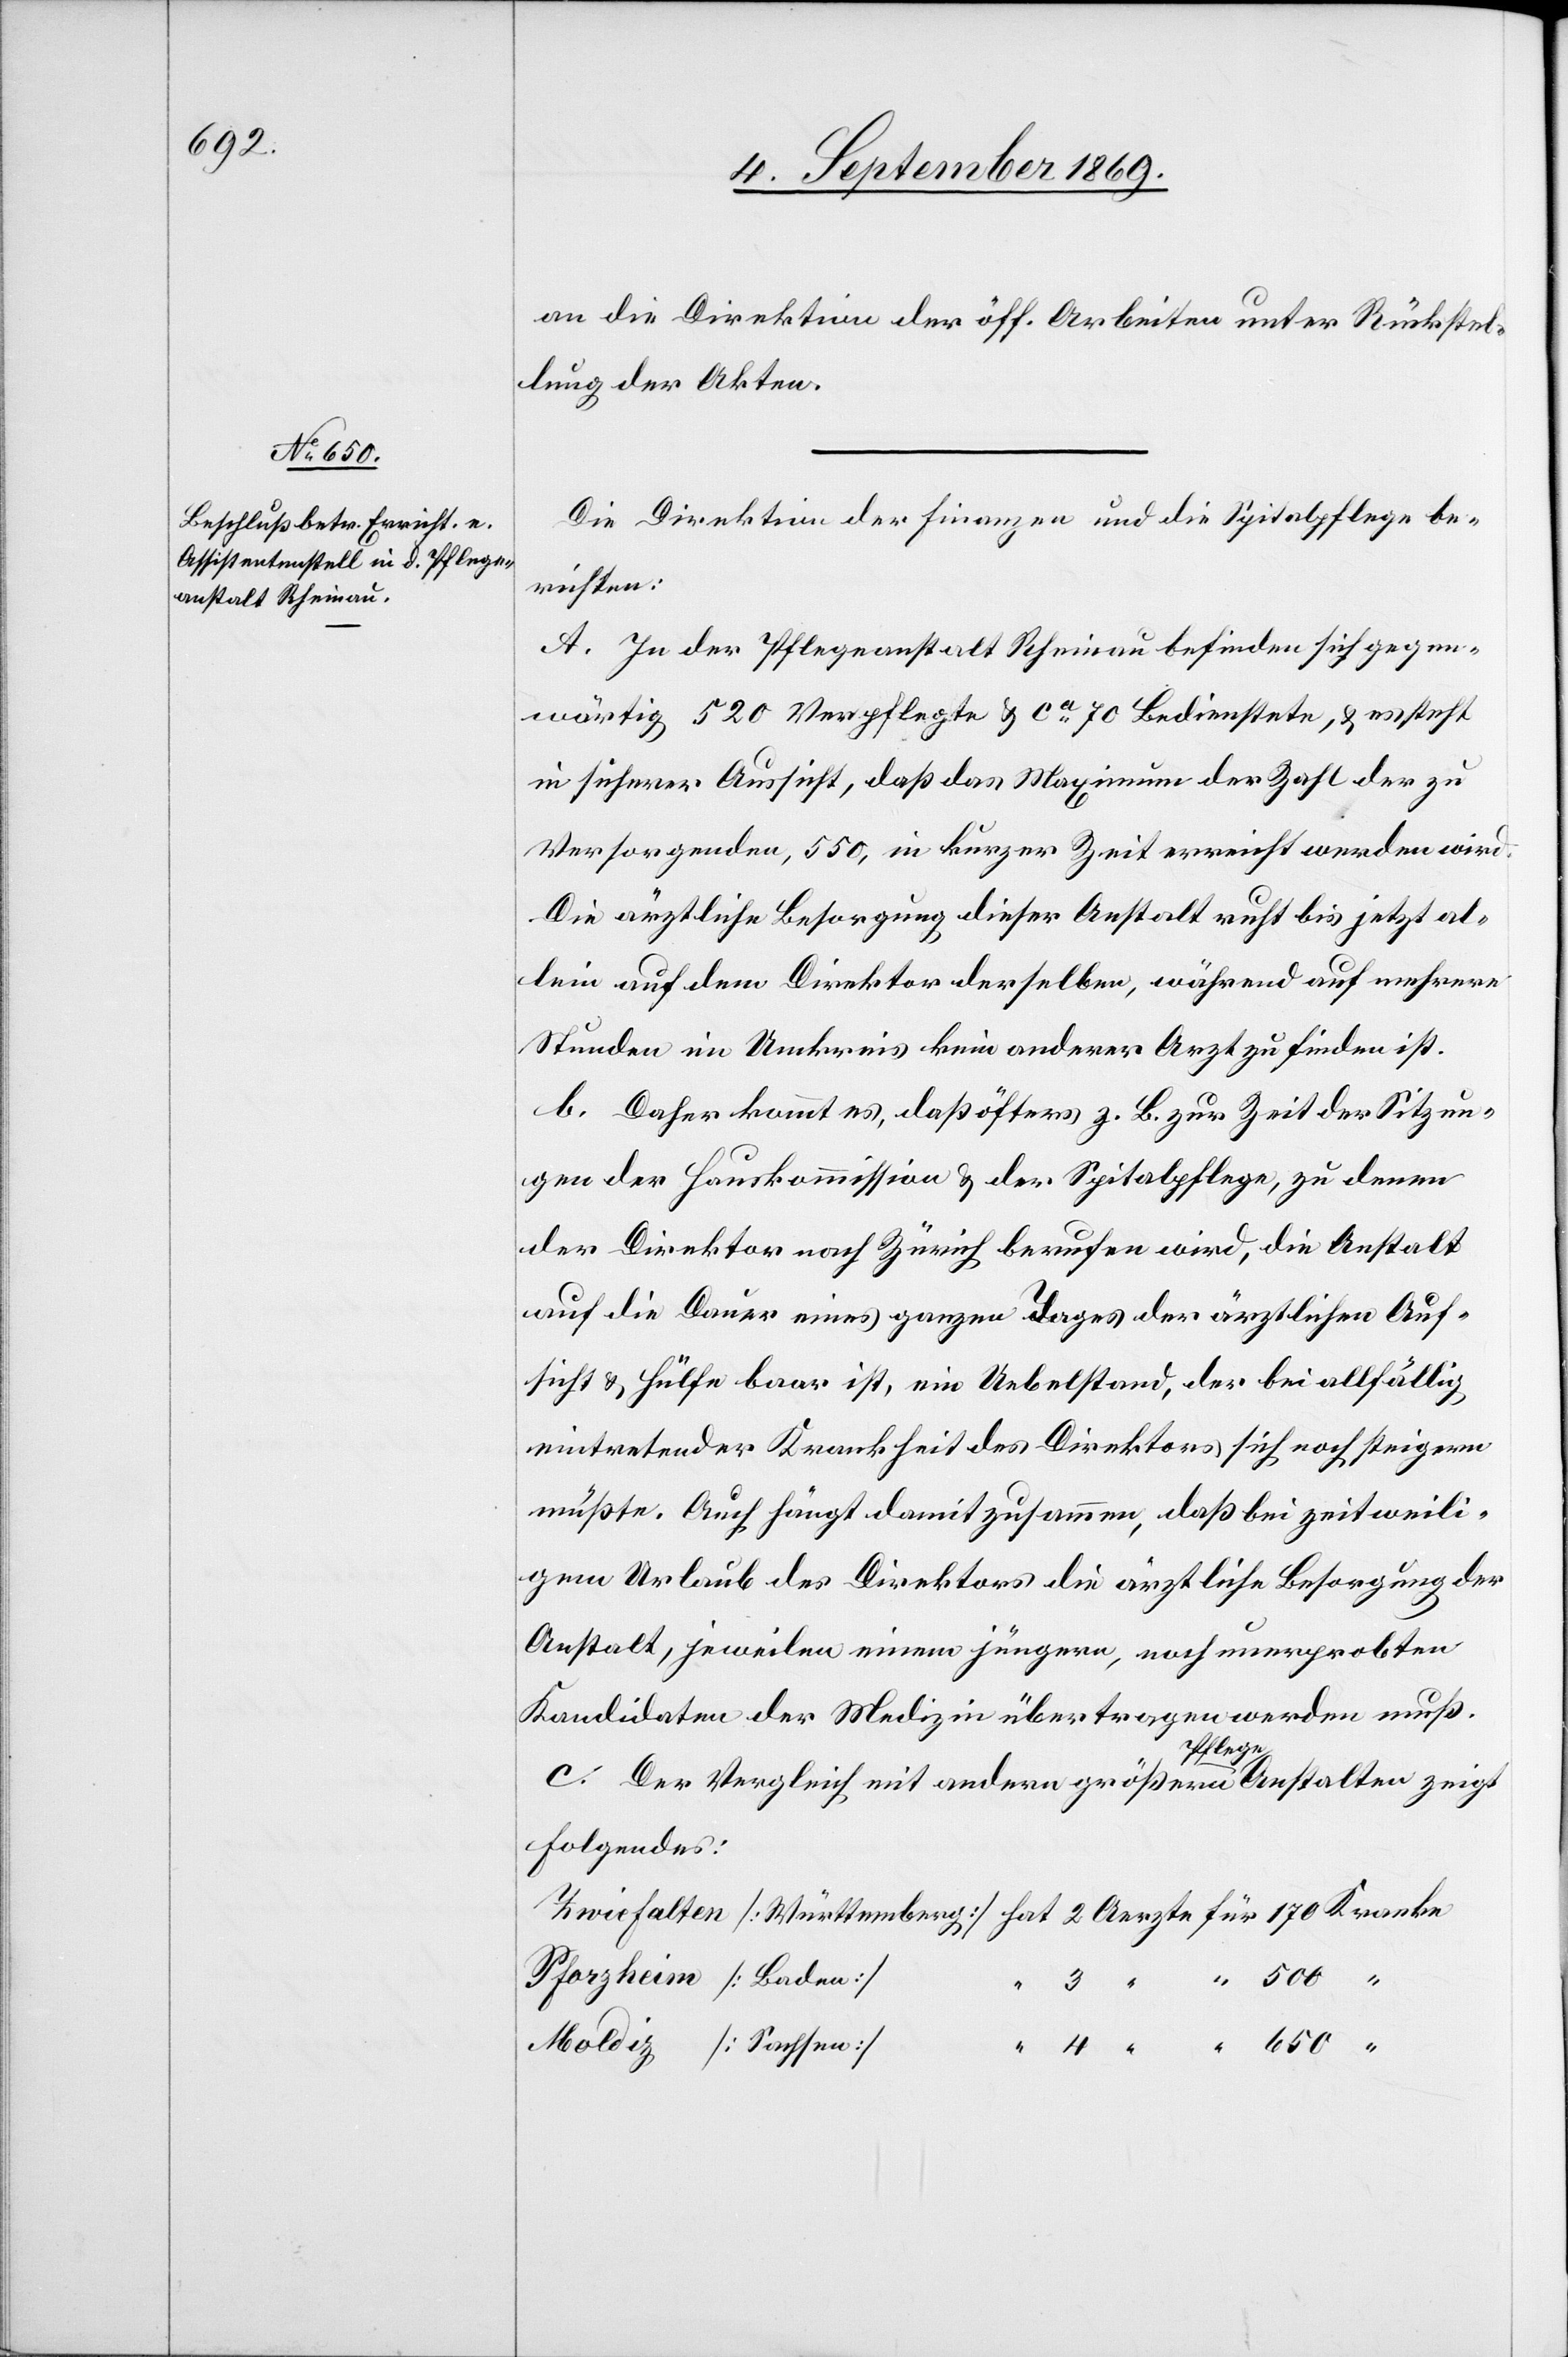
an die Direktion der öff. Arbeiten unter Rückstel¬
lung der Akten.
Die Direktion der Finanzen und die Spitalpflege be¬
richten:
A. In der Pflegeanstalt Rheinau befinden sich gegen¬
wärtig 520 Verpflegte & ca 70 Bedienstete, & es steht
in sicherer Aussicht, daß das Maximum der Zahl der zu
Versorgenden, 550, in kurzer Zeit erreicht werden wird.
Die ärztliche Besorgung dieser Anstalt ruht bis jetzt al¬
lein auf dem Direktor derselben, während auf mehrere
Stunden im Umkreis kein anderer Arzt zu finden ist.
b. Daher kommt es, daß öfters z. B. zur Zeit der Sitzun¬
gen der Hauskommission & der Spitalpflege, zu denen
der Direktor nach Zürich berufen wird, die Anstalt
auf die Dauer eines ganzen Tages der ärztlichen Auf¬
sicht & Hülfe baar ist, ein Uebelstand, der bei allfällig
eintretender Krankheit des Direktor sich noch steigern
müßte. Auch hängt damit zusammen, daß bei zeitweili¬
gem Urlaub des Direktors die ärztliche Besorgung der
Anstalt, jeweilen einem jüngern, noch unerprobten
Kandidaten der Medizin übertragen werden muß.
für
c. Der Vergleich mit andern größern Pflegeanstalten zeigt
Folgendes:
Pforzheim [Baden]
Moldiz [Sachsen]